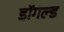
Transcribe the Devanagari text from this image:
डॉगल्ड